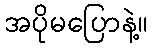
အပိုမပြောနဲ့။